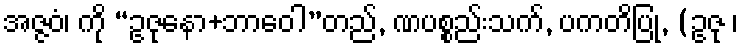
အဇ္ဇဝံ၊ ကို “ဥဇုနော+ဘာဝေါ”တည်, ဏပစ္စည်းသက်, ပကတိပြု, (ဥဇု ၊